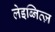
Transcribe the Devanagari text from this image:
लेइब्नित्ज़